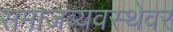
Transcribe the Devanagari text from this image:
समाजव्यवस्थेवर